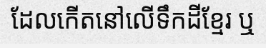
ដែលកើតនៅលើទឹកដីខ្មែរ ឬ